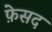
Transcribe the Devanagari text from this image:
फ़ेसद